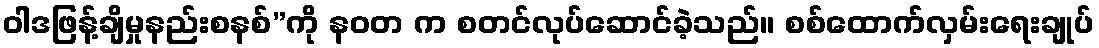
ဝါဒဖြန့်ချိမှုနည်းစနစ်”ကို နဝတ က စတင်လုပ်ဆောင်ခဲ့သည်။ စစ်ထောက်လှမ်းရေးချုပ်